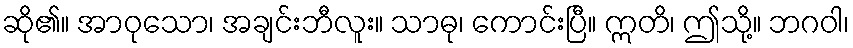
ဆို၏။ အာဝုသော၊ အချင်းဘီလူး။ သာဓု၊ ကောင်းပြီ။ ဣတိ၊ ဤသို့။ ဘဂဝါ၊